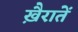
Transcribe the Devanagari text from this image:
ख़ैरातें